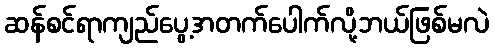
ဆန်စင်ရာကျည်ပွေ့အတက်ပေါက်လို့ဘယ်ဖြစ်မလဲ